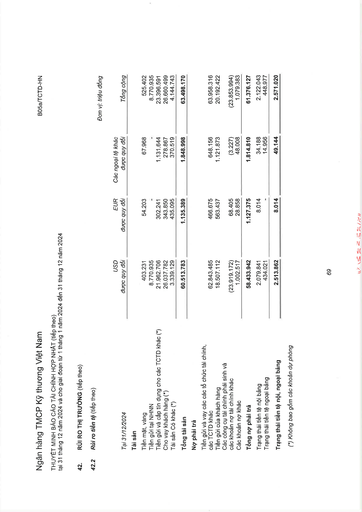
|Tại 31/12/2024|USD được quy đổi|EUR được quy đổi|Các ngoại tệ khác được quy đổi|Tổng cộng| |---|---|---|---|---| |Tài sản||||| |Tiền mặt, vàng|403.231|54.203|67.968|525.402| |Tiền gửi tại NHNN|8.770.935|-|-|8.770.935| |Tiền gửi và cấp tín dụng cho các TCTD khác (*)|21.962.706|302.241|1.131.644|23.396.591| |Cho vay khách hàng (*)|26.037.782|343.850|278.867|26.660.499| |Tài sản Có khác (*)|3.339.129|435.095|370.519|4.144.743| |Tổng tài sản|60.513.783|1.135.389|1.848.998|63.498.170| |Nợ phải trả||||| |Tiền gửi và vay các tổ chức tài chính, các TCTD khác|62.843.485|466.675|648.156|63.958.316| |Tiền gửi của khách hàng|18.507.112|563.437|1.121.873|20.192.422| |Các công cụ tài chính phái sinh và các khoản nợ tài chính khác|(23.919.172)|68.405|(3.227)|(23.853.994)| |Các khoản nợ khác|1.002.517|28.858|48.008|1.079.383| |Tổng nợ phải trả|58.433.942|1.127.375|1.814.810|61.376.127| |Trạng thái tiền tệ nội bảng|2.079.841|8.014|34.188|2.122.043| |Trạng thái tiền tệ ngoại bảng|434.021||14.956|448.977| |Trạng thái tiền tệ nội, ngoại bảng|2.513.862|8.014|49.144|2.571.020|